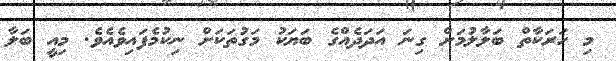
މި ހަރަކާތް ބަލާލުމަށް ގިނަ އަދަދެއްގެ ބަޔަކު މަގުތަކަށް ނިކުމެފައިވެއެވެ. މިއީ ބަލާ